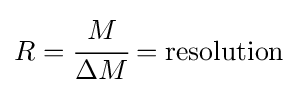
R={\cfrac {M}{\Delta M}}=\mathrm {resolution}